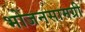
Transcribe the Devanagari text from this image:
भोजनसामग्री